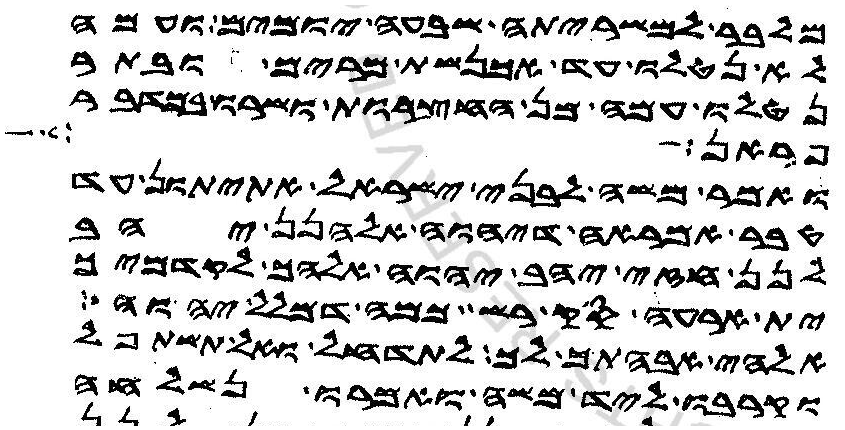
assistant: מלבר למשריתה שבעה יומים ועמה
לא נטלו עד אכנשת מרים ובתר
נטלו עמה מן החצרות ושרו בקפר
פראן
ואמר משה לבני ישראל אתיתון עד
טבר אמראה דיהוה אלהנן יהב
לנן חזי יהב יהוה אלהך לקדמיך
ית ארעה סק רשת כמה דמלל יהוה
אלהי אבהתך לך לתדחל ואל תשתפל
וקרבו ליד משה ואמרו נשלחה